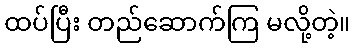
ထပ်ပြီး တည်ဆောက်ကြ မလို့တဲ့။